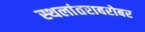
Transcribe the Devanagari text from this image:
स्थलांतराबरोबर